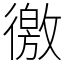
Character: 徼